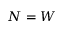
N = W